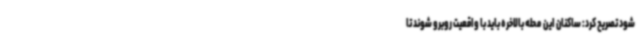
شود تصریح کرد: ساکنان این محله بالاخره باید با واقعیت روبرو شوند تا